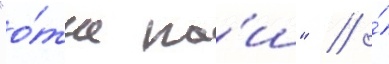
"о́тче на́ш" // ́